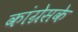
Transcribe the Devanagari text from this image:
कांग्रेसके